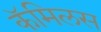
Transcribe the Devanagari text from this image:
कॅमिलस